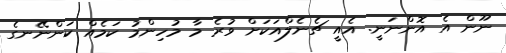
ނޫން އެ އޮންނަނީ. އެއީ ޗެނެލްއަކަށް ވުރެ މާ މުހިންމު ކަމެއް ކަންނޭނގެ